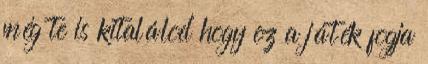
még te is kitalálod hogy ez a játék fogja